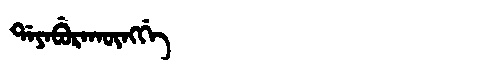
Manchu: ᡩᠠᠶᠠᠪᡠᡵᠠᡴᡡᠩᡤᡝ
Romanization: DAYABURAKŪNGGE